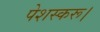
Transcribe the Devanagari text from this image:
पेशस्‍करू।